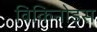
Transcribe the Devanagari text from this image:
विकिनोड्स